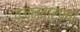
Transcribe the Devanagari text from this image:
वजनदारपण